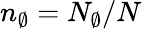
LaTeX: n_{\emptyset}=N_{\emptyset}/N